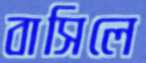
বাসিলে